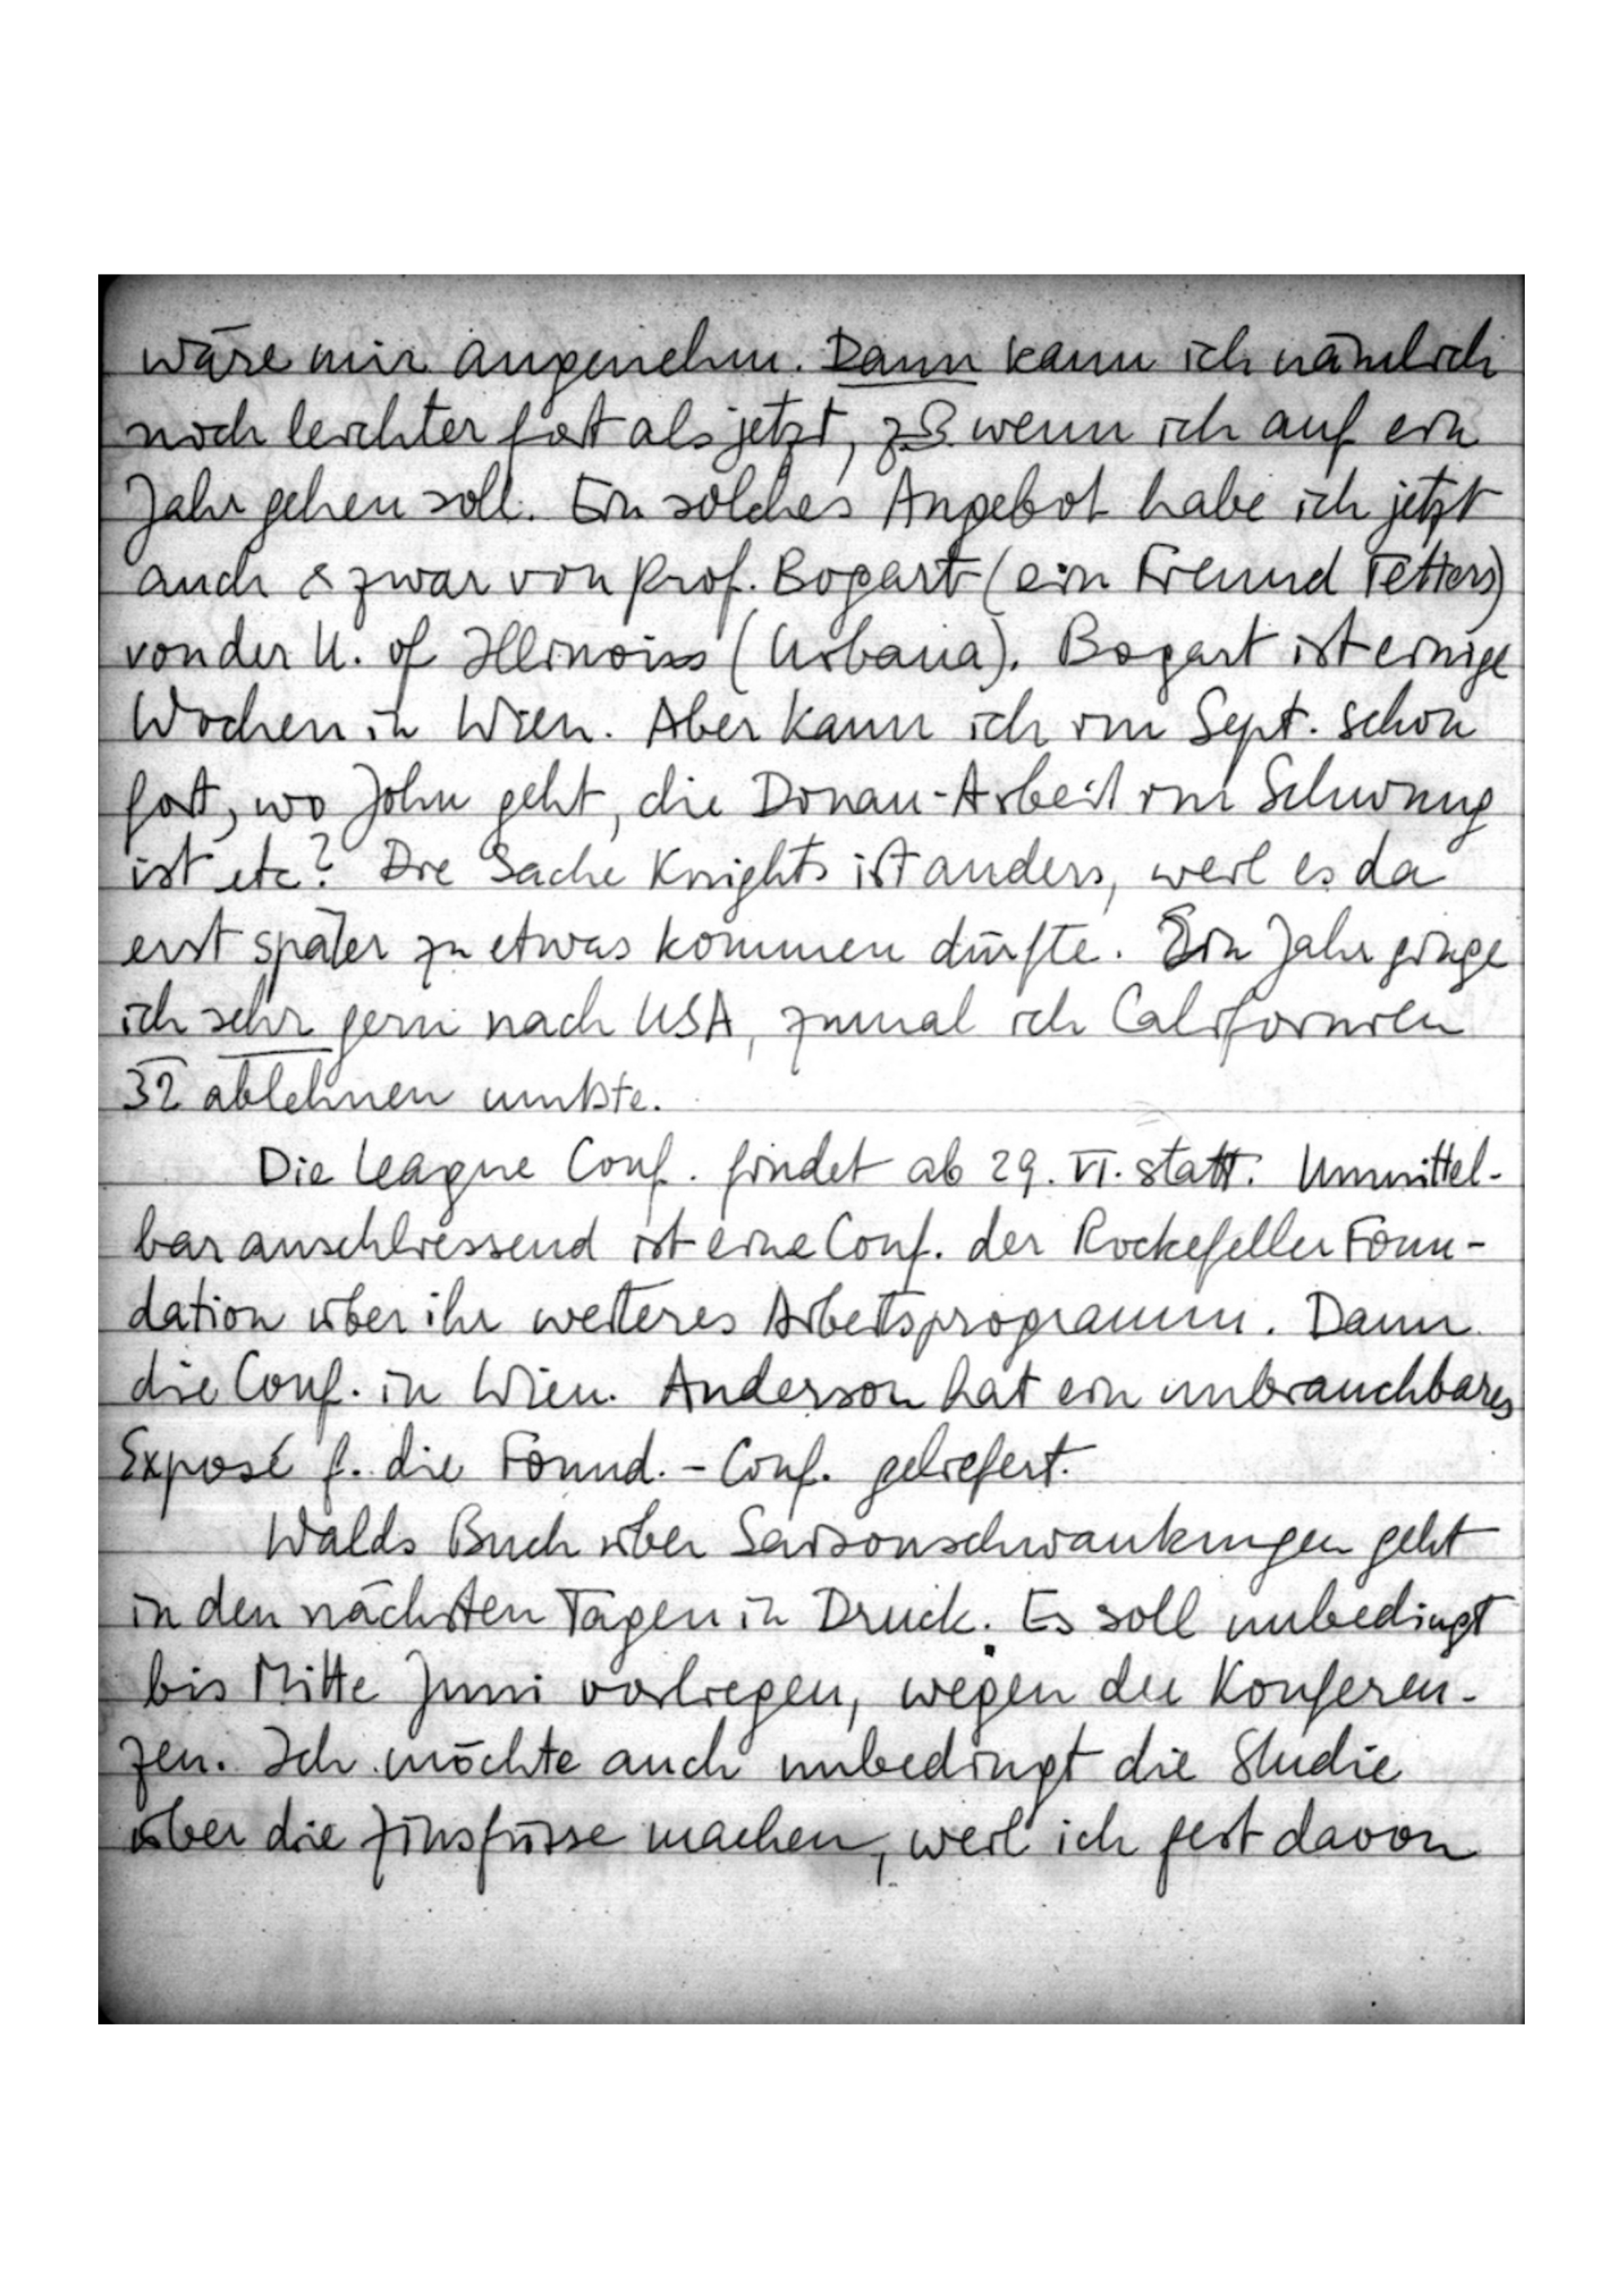
wäre mir angenehm. Dann kann ich nämlich
noch leichter fort als jetzt, z. B. wenn ich auf ein
Jahr gehen soll. Ein solches Angebot habe ich jetzt
auch & war von Prof. Bogart (ein Freund Fetters)
von der U. of Illinois (Urbana). Bogart ist einige
Wochen in Wien. Aber kann ich im Sept. schon
fort, wo John geht, die Donau-Arbeit im Schwung
ist etc? Die Sache Knights ist anders, weil es da
erst später zu etwas kommen dürfte. Ein Jahr ginge
ich sehr gern nach USA, zumal ich Californien
32 ablehnen mußte.
Die League Conf. findet ab 29. VI. statt. Unmittel-
bar anschliessend ist eine Conf. der Rockefeller Foun-
dation über ihr weiteres Arbeitsprogramm. Dann
die Conf. in Wien. Anderson hat ein unbrauchbares
Exposé f. die Found.-Conf. geliefert.
Walds Buch über Saisonschwankungen geht
in den nächsten Tagen in Druck. Es soll unbedingt
bis Mitte Juni vorliegen, wegen der Konferen-
zen. Ich möchte auch unbedingt die Studie
über die Zinsfüsse machen, weil ich fest davon